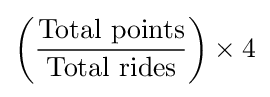
\left({\frac {\hbox{Total points}}{\hbox{Total rides}}}\right)\times 4